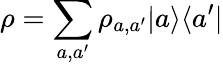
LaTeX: \rho=\sum_{a,a^{\prime}}\rho_{a,a^{\prime}}|a\rangle\langle a^{\prime}|